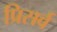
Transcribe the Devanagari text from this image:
प्रिसर्व